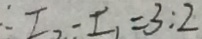
\therefore I _ { 2 } - I _ { 1 } = 3 : 2